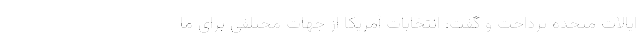
ایالات متحده پرداخت و گفت: انتخابات آمریکا از جهات مختلفی برای ما